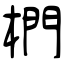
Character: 椚